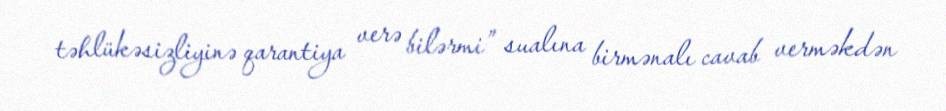
təhlükəsizliyinə qarantiya verə bilərmi” sualına birmənalı cavab verməkdən